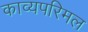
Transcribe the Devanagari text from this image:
काव्यपरिमल